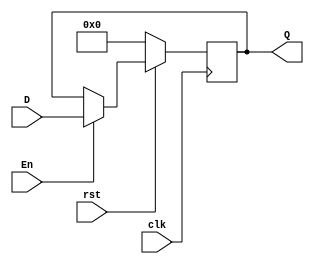
module dff #(
parameter k = 16
) (
    input clk,
    input rst,
    input [k-1:0] D,
    input En,
    output reg [k-1:0] Q
);

always @(negedge clk ) begin
    if(!rst)
        Q <= 0;
    else if(En) 
        Q <= D;

end
endmodule